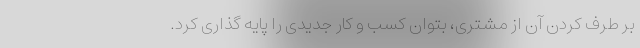
بر طرف کردن آن از مشتری، بتوان کسب و کار جدیدی را پایه گذاری کرد.